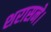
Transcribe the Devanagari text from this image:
शरासने।